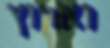
וארוץ